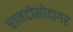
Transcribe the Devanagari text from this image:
चानदोसोदागर